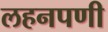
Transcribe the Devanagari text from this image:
लहनपणी